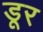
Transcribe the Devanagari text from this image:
डूर